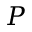
P